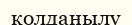
колданылу